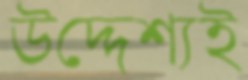
উদ্দেশ্যই